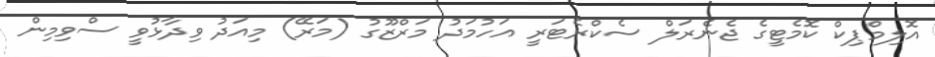
އޮލިމްޕިކް ކޮމެޓީގެ ޖެނެރަލް ސެކްރެޓަރީ އަހުމަދު މަރްޒޫގު (މަރޭ) މިއަދު ވިދާޅުވީ ސްވިމިން